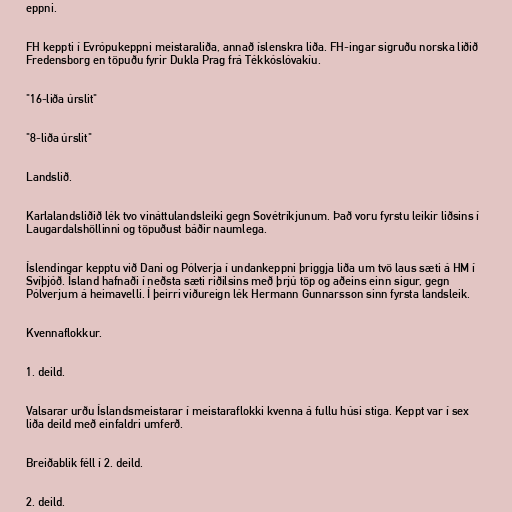
eppni.

FH keppti í Evrópukeppni meistaraliða, annað íslenskra liða. FH-ingar sigruðu norska liðið
Fredensborg en töpuðu fyrir Dukla Prag frá Tékkóslóvakíu.

"16-liða úrslit"

"8-liða úrslit"

Landslið.

Karlalandsliðið lék tvo vináttulandsleiki gegn Sovétríkjunum. Það voru fyrstu leikir liðsins í
Laugardalshöllinni og töpuðust báðir naumlega.

Íslendingar kepptu við Dani og Pólverja í undankeppni þriggja liða um tvö laus sæti á HM í
Svíþjóð. Ísland hafnaði í neðsta sæti riðilsins með þrjú töp og aðeins einn sigur, gegn
Pólverjum á heimavelli. Í þeirri viðureign lék Hermann Gunnarsson sinn fyrsta landsleik.

Kvennaflokkur.

1. deild.

Valsarar urðu Íslandsmeistarar í meistaraflokki kvenna á fullu húsi stiga. Keppt var í sex
liða deild með einfaldri umferð.

Breiðablik féll í 2. deild.

2. deild.